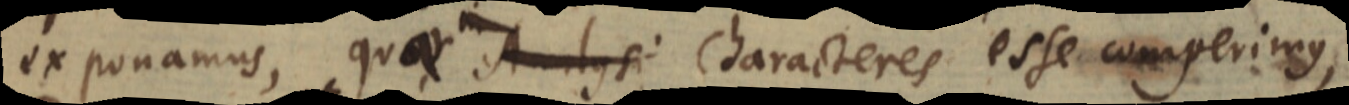
exponamus, quae Analysi Characteres esse comperimus,